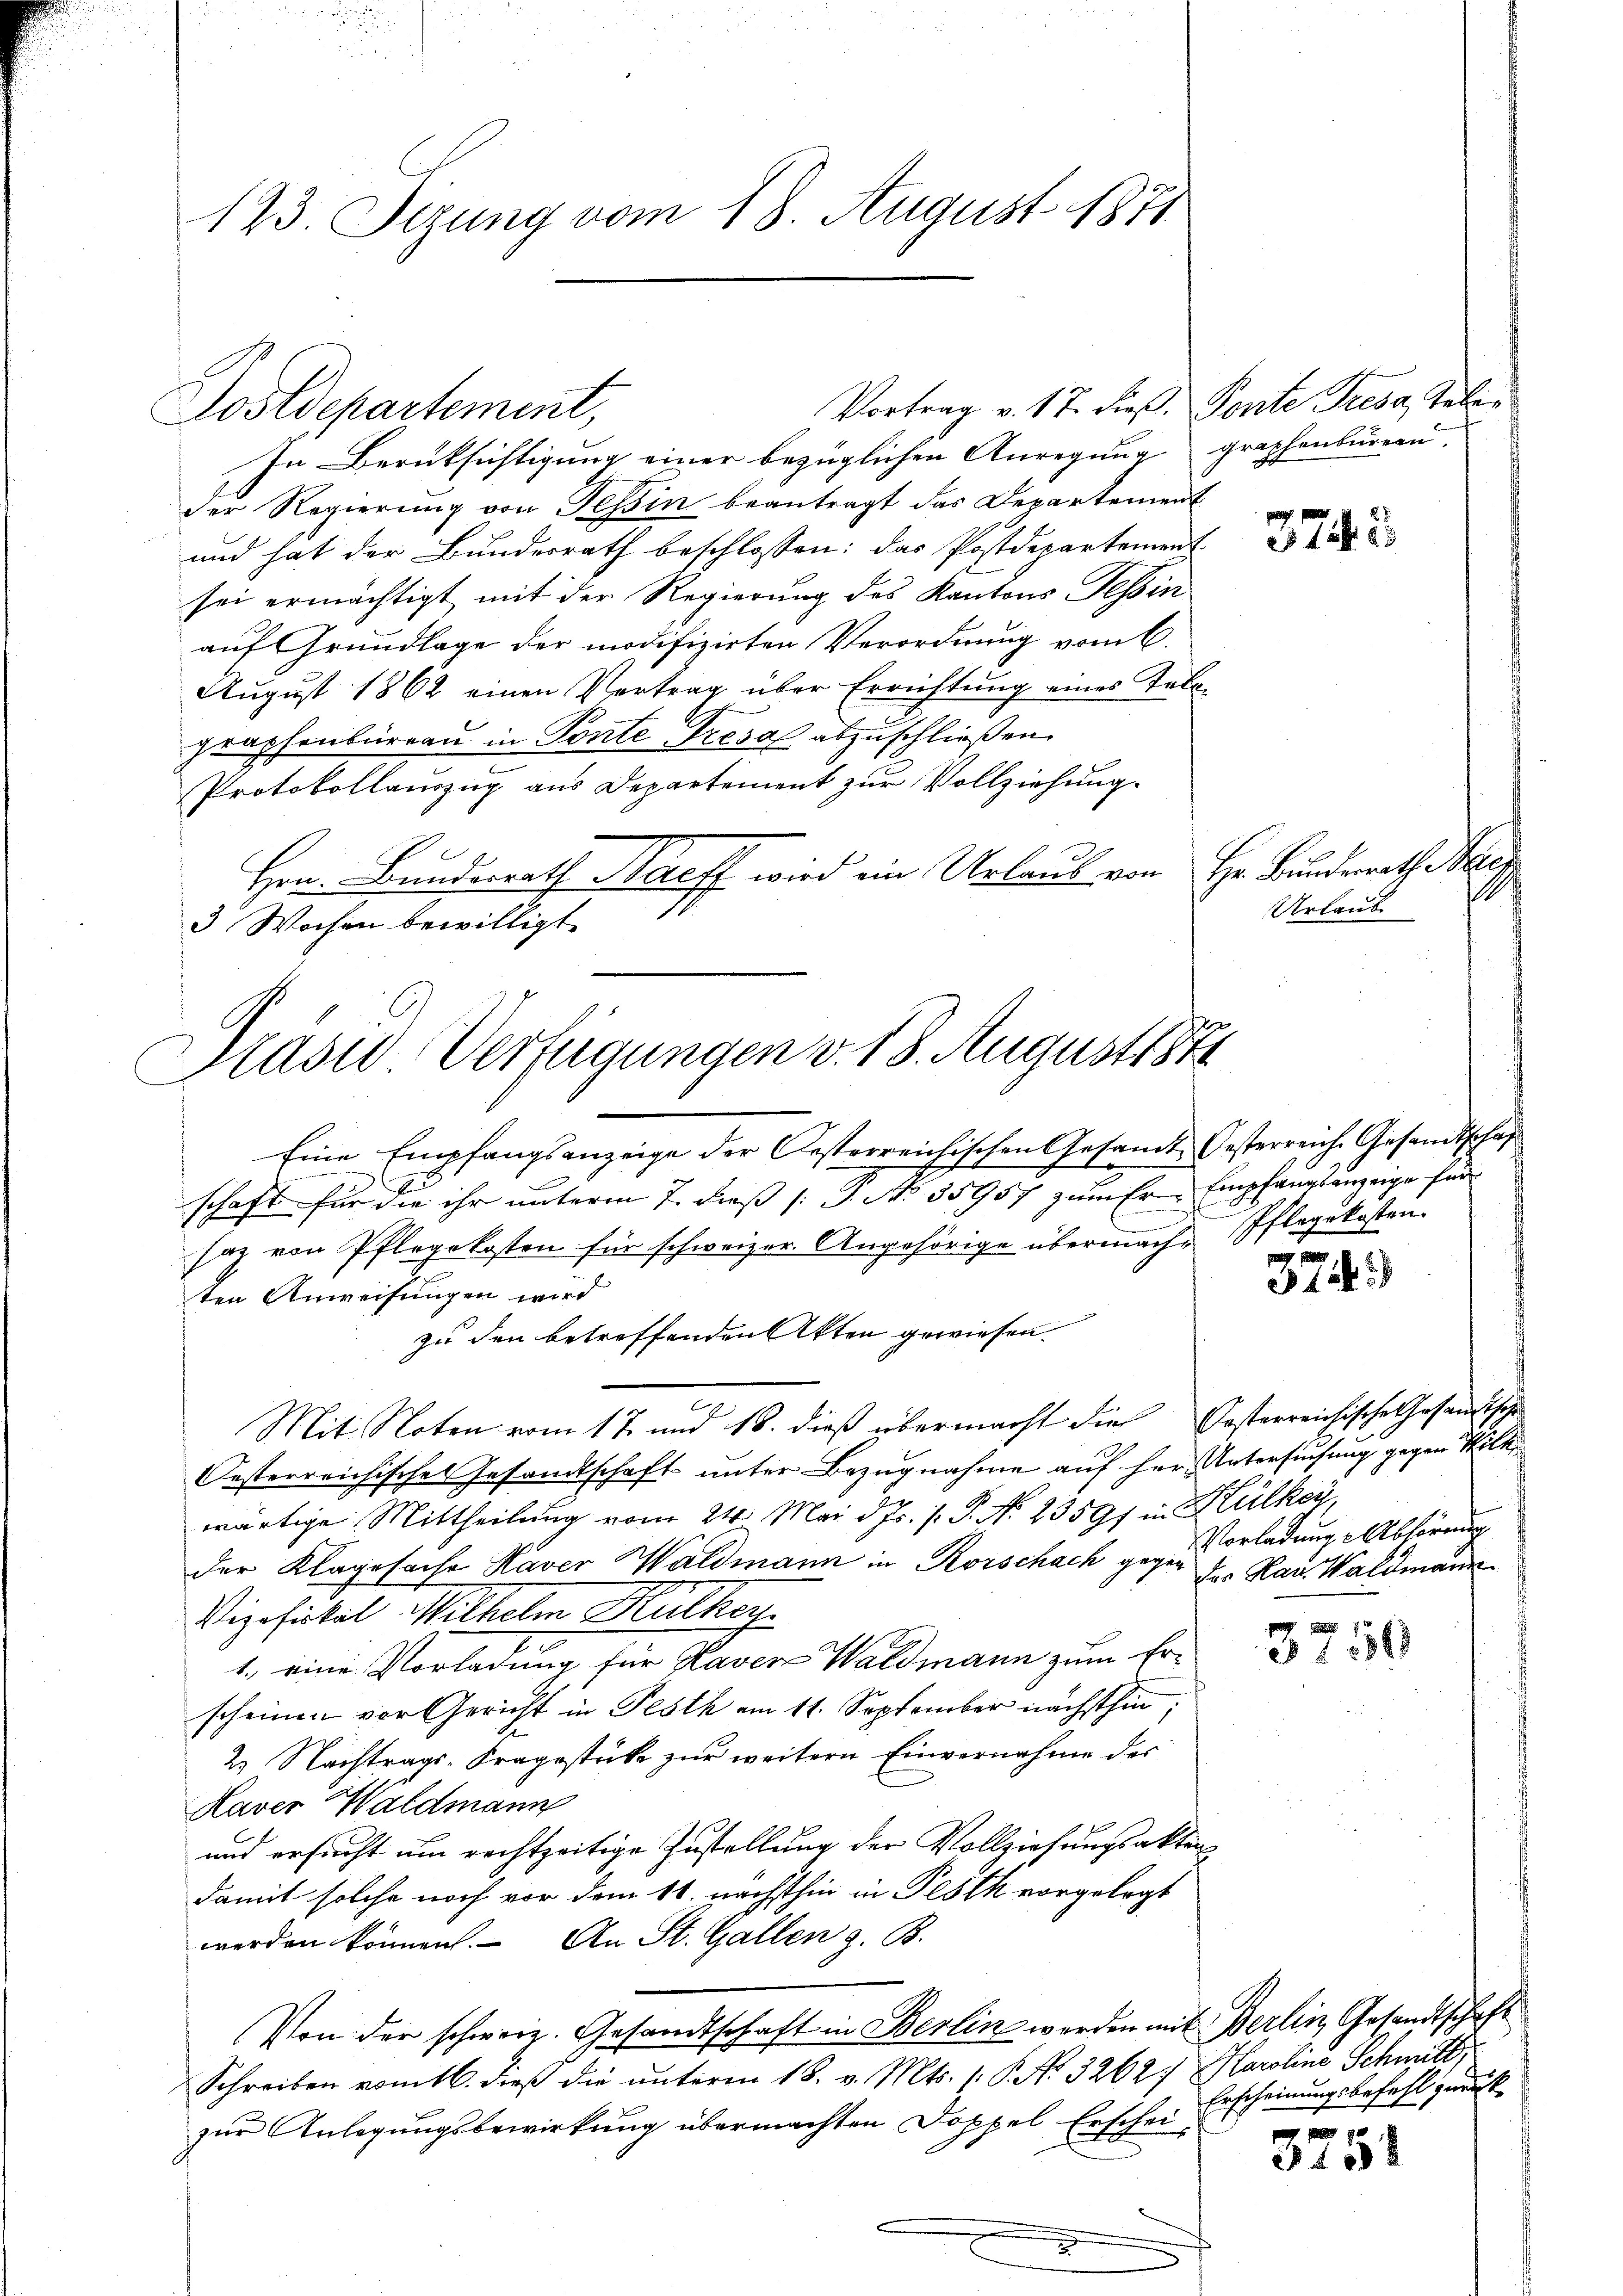
123. Sizung vom 18. August 1871

Vortrag v. 17. dieß. Ponte Tresa, Tele¬
In Berüksichtigung einer bezüglichen Anregung graphenburern
der Regierung von Tessin beantragt das Departement
und hat der Bundesrath beschlossen: das Postdepartement
sei ermächtigt mit der Regierung des Kantons Tessin
auf Grundlage der modifizirten Verordnung vom 6.
August 1862 einen Vertrag über Errichtung eines Tele-
graphenbureau in Ponte Tresa abzuschließen.
Protokollauszug aus Departement zur Vollziehung.
Hrn. Bundesrath Harff wird ein Urlauf von Hr. Bunderath Szer
3 Wochen bewilligt.

Postdepartement,

Eine Empfangsanzeige der Oesterreichischen Gesamt Oesterreiche Gesandtschaf
schaft für die ihr unterm 7. dieß (: P. No. 35957 zum Er Empfangsanzeige für
saz von Pflegekosten für schweizer. Angehörige übermachten Anweisungen wird
zu den betreffenden Akten gewiesen.
Mit Noten vom 17. und 18. dieß übermacht die festerreichische Gesandtsche
Oesterreichisches Gesandtschaft unter Bezugnahme auf Herr Untersuchung gegen Wilk
wärtige Mittheilung vom 24. Mai d. Js. f. P. N. 23591 in Hülkey,
der Klagefache Haver Waldmann in Rorschach gegen der Rau, Waldmann
Vizefiskal Wilhelm Hulhey.
1. eine Vorladung für Kaver Waldmann zum Erscheinen vor Gericht in Festh am 11. September nächsthin,
2. Nachtrags-Fragestücke zur weitern Einvernahme des
Kaver Waldmann
und ersucht um rechtzeitige Zustellung der Vollziehungsakten
damit solche noch vor dem 11. nächsthin in Pesth vorgelegt
werden können. An St. Gallen z. B.
Von der schweiz. Gesandtschaft in Berlin werden mit Berlin Gesandtschaft
Schreiben vom 16. dieß die unterm 18. v. Mts. (: P. No. 3262: Maroline Schmitt
zur Anlegungsbewirkung übermachten Doppel Erschei¬

Präsid Verfügungen v. 18. August 84

3743

1
Verland

Pflegekosten.

37

Vorladung Abhörung

f 1888

3751

Erscheinungsbefehl zurück